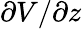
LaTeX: \partial V/\partial z